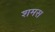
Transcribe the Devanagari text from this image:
शमस